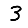
Digit: 3